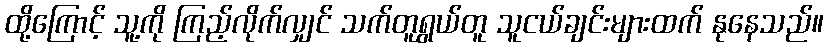
ထို့ကြောင့် သူ့ကို ကြည့်လိုက်လျှင် သက်တူရွယ်တူ သူငယ်ချင်းများထက် နုနေသည်။